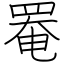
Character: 罨